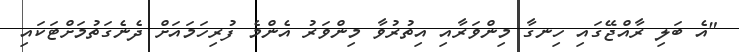
"އެ ބަލި ރާއްޖޭގައި ހިނގާ މިންވަރާއި އިތުރުވާ މިންވަރު އެންމެ ފުރިހަމައަށް ދެނެގަތުމަށްޓަކައި